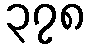
၃၇၈